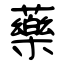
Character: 藥